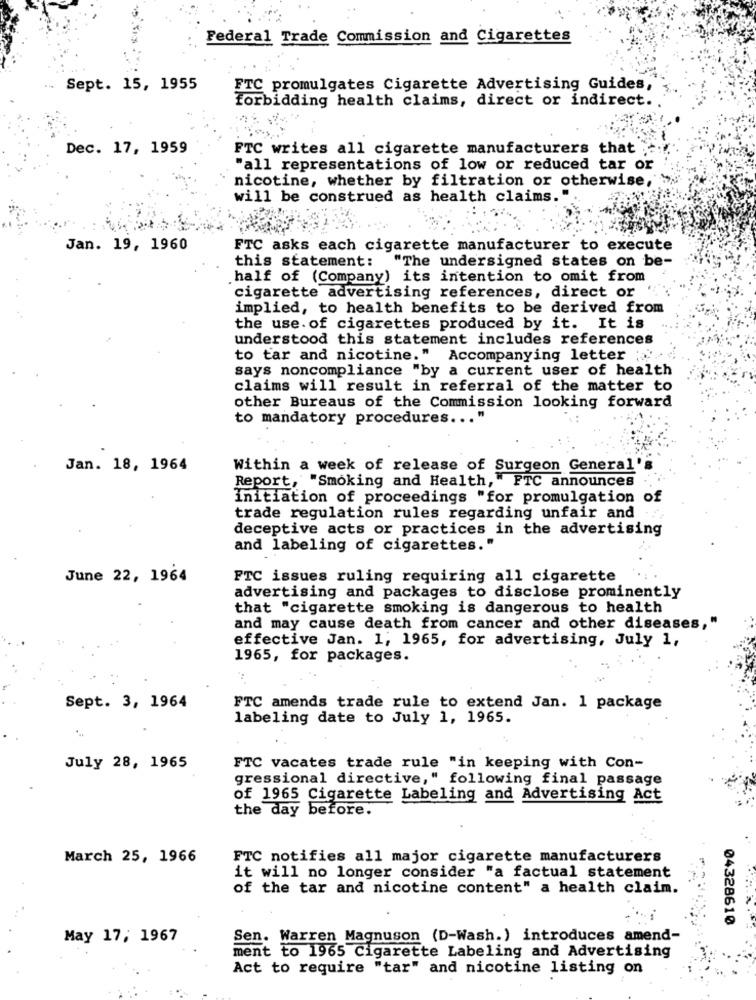
Federal Trade Commission and Cigarettes
Sept. 15, 1955
FTC promulgates Cigarette Advertising Guides,
Forbidding health claims, direct or indirect.
Dec. 17, 1959
FTC writes all cigarette manufacturers that
"all representations of low or reduced tar or
nicotine, whether by filtration or otherwise,
will be construed as health claims.
Jan. 19, 1960
FTC asks each cigarette manufacturer to execute
this statement: "The undersigned states on be-
half of (Company) its intention to omit from
cigarette advertising references, direct or
implied, to health benefits to be derived from
the use of cigarettes produced by it. It is
understood this statement includes references
to tar and nicotine." Accompanying letter ;
says noncompliance "by a current user of health
claims will result in referral of the matter to
other Bureaus of the Commission looking forward
to mandatory procedures ... "
Jan. 18, 1964
Within a week of release of Surgeon General's
Report, "Smoking and Health, "FTC announces
Initiation of proceedings "for promulgation of
trade regulation rules regarding unfair and
deceptive acts or practices in the advertising
and labeling of cigarettes."
June 22, 1964
FTC issues ruling requiring all cigarette
advertising and packages to disclose prominently
that "cigarette smoking is dangerous to health
and may cause death from cancer and other diseases,"
effective Jan. 1; 1965, for advertising, July 1,
1965, for packages.
Sept. 3, 1964
FTC amends trade rule to extend Jan. 1 package
labeling date to July 1, 1965.
July 28, 1965
FTC vacates trade rule "in keeping with Con-
gressional directive," following final passage
of 1965 Cigarette Labeling and Advertising Act
the day before.
March 25, 1966
FTC notifies all major cigarette manufacturers
it will no longer consider "a factual statement
of the tar and nicotine content" a health claim.
04328610
May 17, 1967
Sen. Warren Magnuson (D-Wash.) introduces amend-
ment to 1965 Cigarette Labeling and Advertising
Act to require "tar" and nicotine listing on